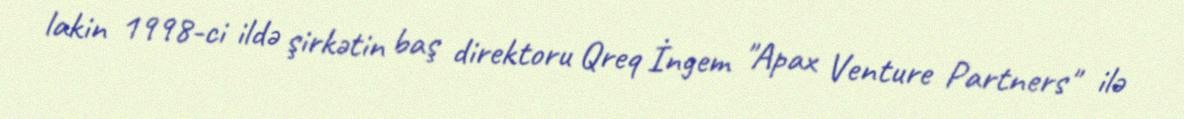
lakin 1998-ci ildə şirkətin baş direktoru Qreq İngem "Apax Venture Partners" ilə